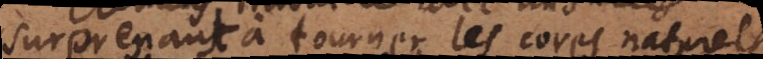
surprenant à tourner les corps naturels